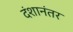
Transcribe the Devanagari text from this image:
दंशानंतर